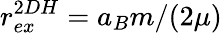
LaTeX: r_{ex}^{2DH}=a_{B}m/(2\mu)